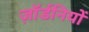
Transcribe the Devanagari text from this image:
ज़ॉर्डनियों